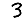
Digit: 3